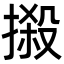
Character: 摋